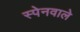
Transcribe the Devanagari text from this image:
स्पेनवाले